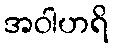
အဝါဟရိ